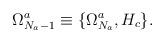
LaTeX: \begin{align*}\Omega^a_{N_a-1} \equiv \{\Omega^a_{N_a},H_c\}.\end{align*}